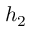
h _ { 2 }